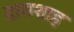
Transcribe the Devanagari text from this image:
दाराशाह